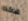
هكذا